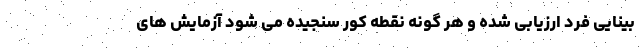
بینایی فرد ارزیابی شده و هر گونه نقطه کور سنجیده می شود آزمایش های